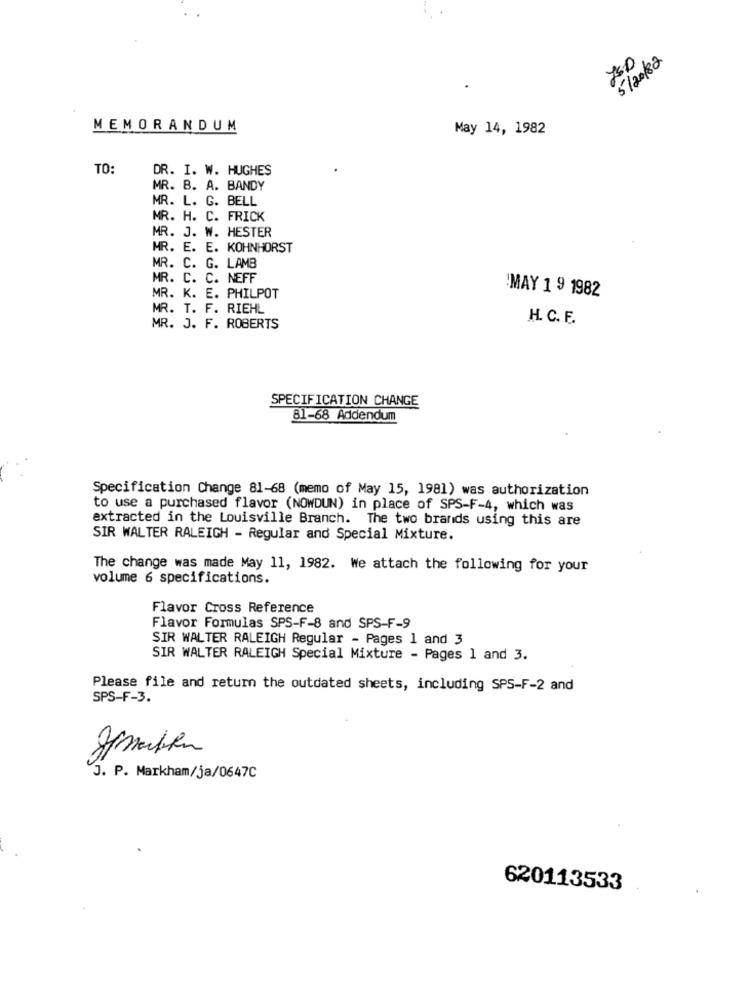
5/20/82
MEMORANDUM
May 14, 1982
TO:
DR. I. W. HUGHES
MR. B. A. BANDY
MR. L. G. BELL
MR. H. C. FRICK
MR. J. W. HESTER
MR. E. E. KOHNHORST
MR. C. G. LAMB
MR. C. C. NEFF
'MAY 1 9 1982
MR. K. E. PHILPOT
MR. T. F. RIEHL
H. C. F.
MR. J. F. ROBERTS
SPECIFICATION CHANGE
81-68 Addendum
Specification Change 81-68 (memo of May 15, 1981) was authorization
to use a purchased flavor (NOWDUN) in place of SPS-F-4, which was
extracted in the Louisville Branch. The two brands using this are
SIR WALTER RALEIGH - Regular and Special Mixture.
The change was made May 11, 1982. We attach the following for your
volume 6 specifications.
Flavor Cross Reference
Flavor Formulas SPS-F-8 and SPS-F-9
SIR WALTER RALEIGH Regular - Pages 1 and 3
SIR WALTER RALEIGH Special Mixture - Pages 1 and 3.
Please file and return the outdated sheets, including SPS-F-2 and
SPS-F-3.
J. P. Markham/ja/0647C
620113533